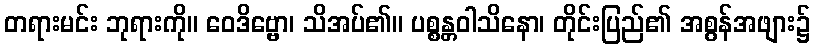
တရားမင်း ဘုရားကို။ ဝေဒိဗ္ဗော၊ သိအပ်၏။ ပစ္စန္တဝါသိနော၊ တိုင်းပြည်၏ အစွန်အဖျား၌